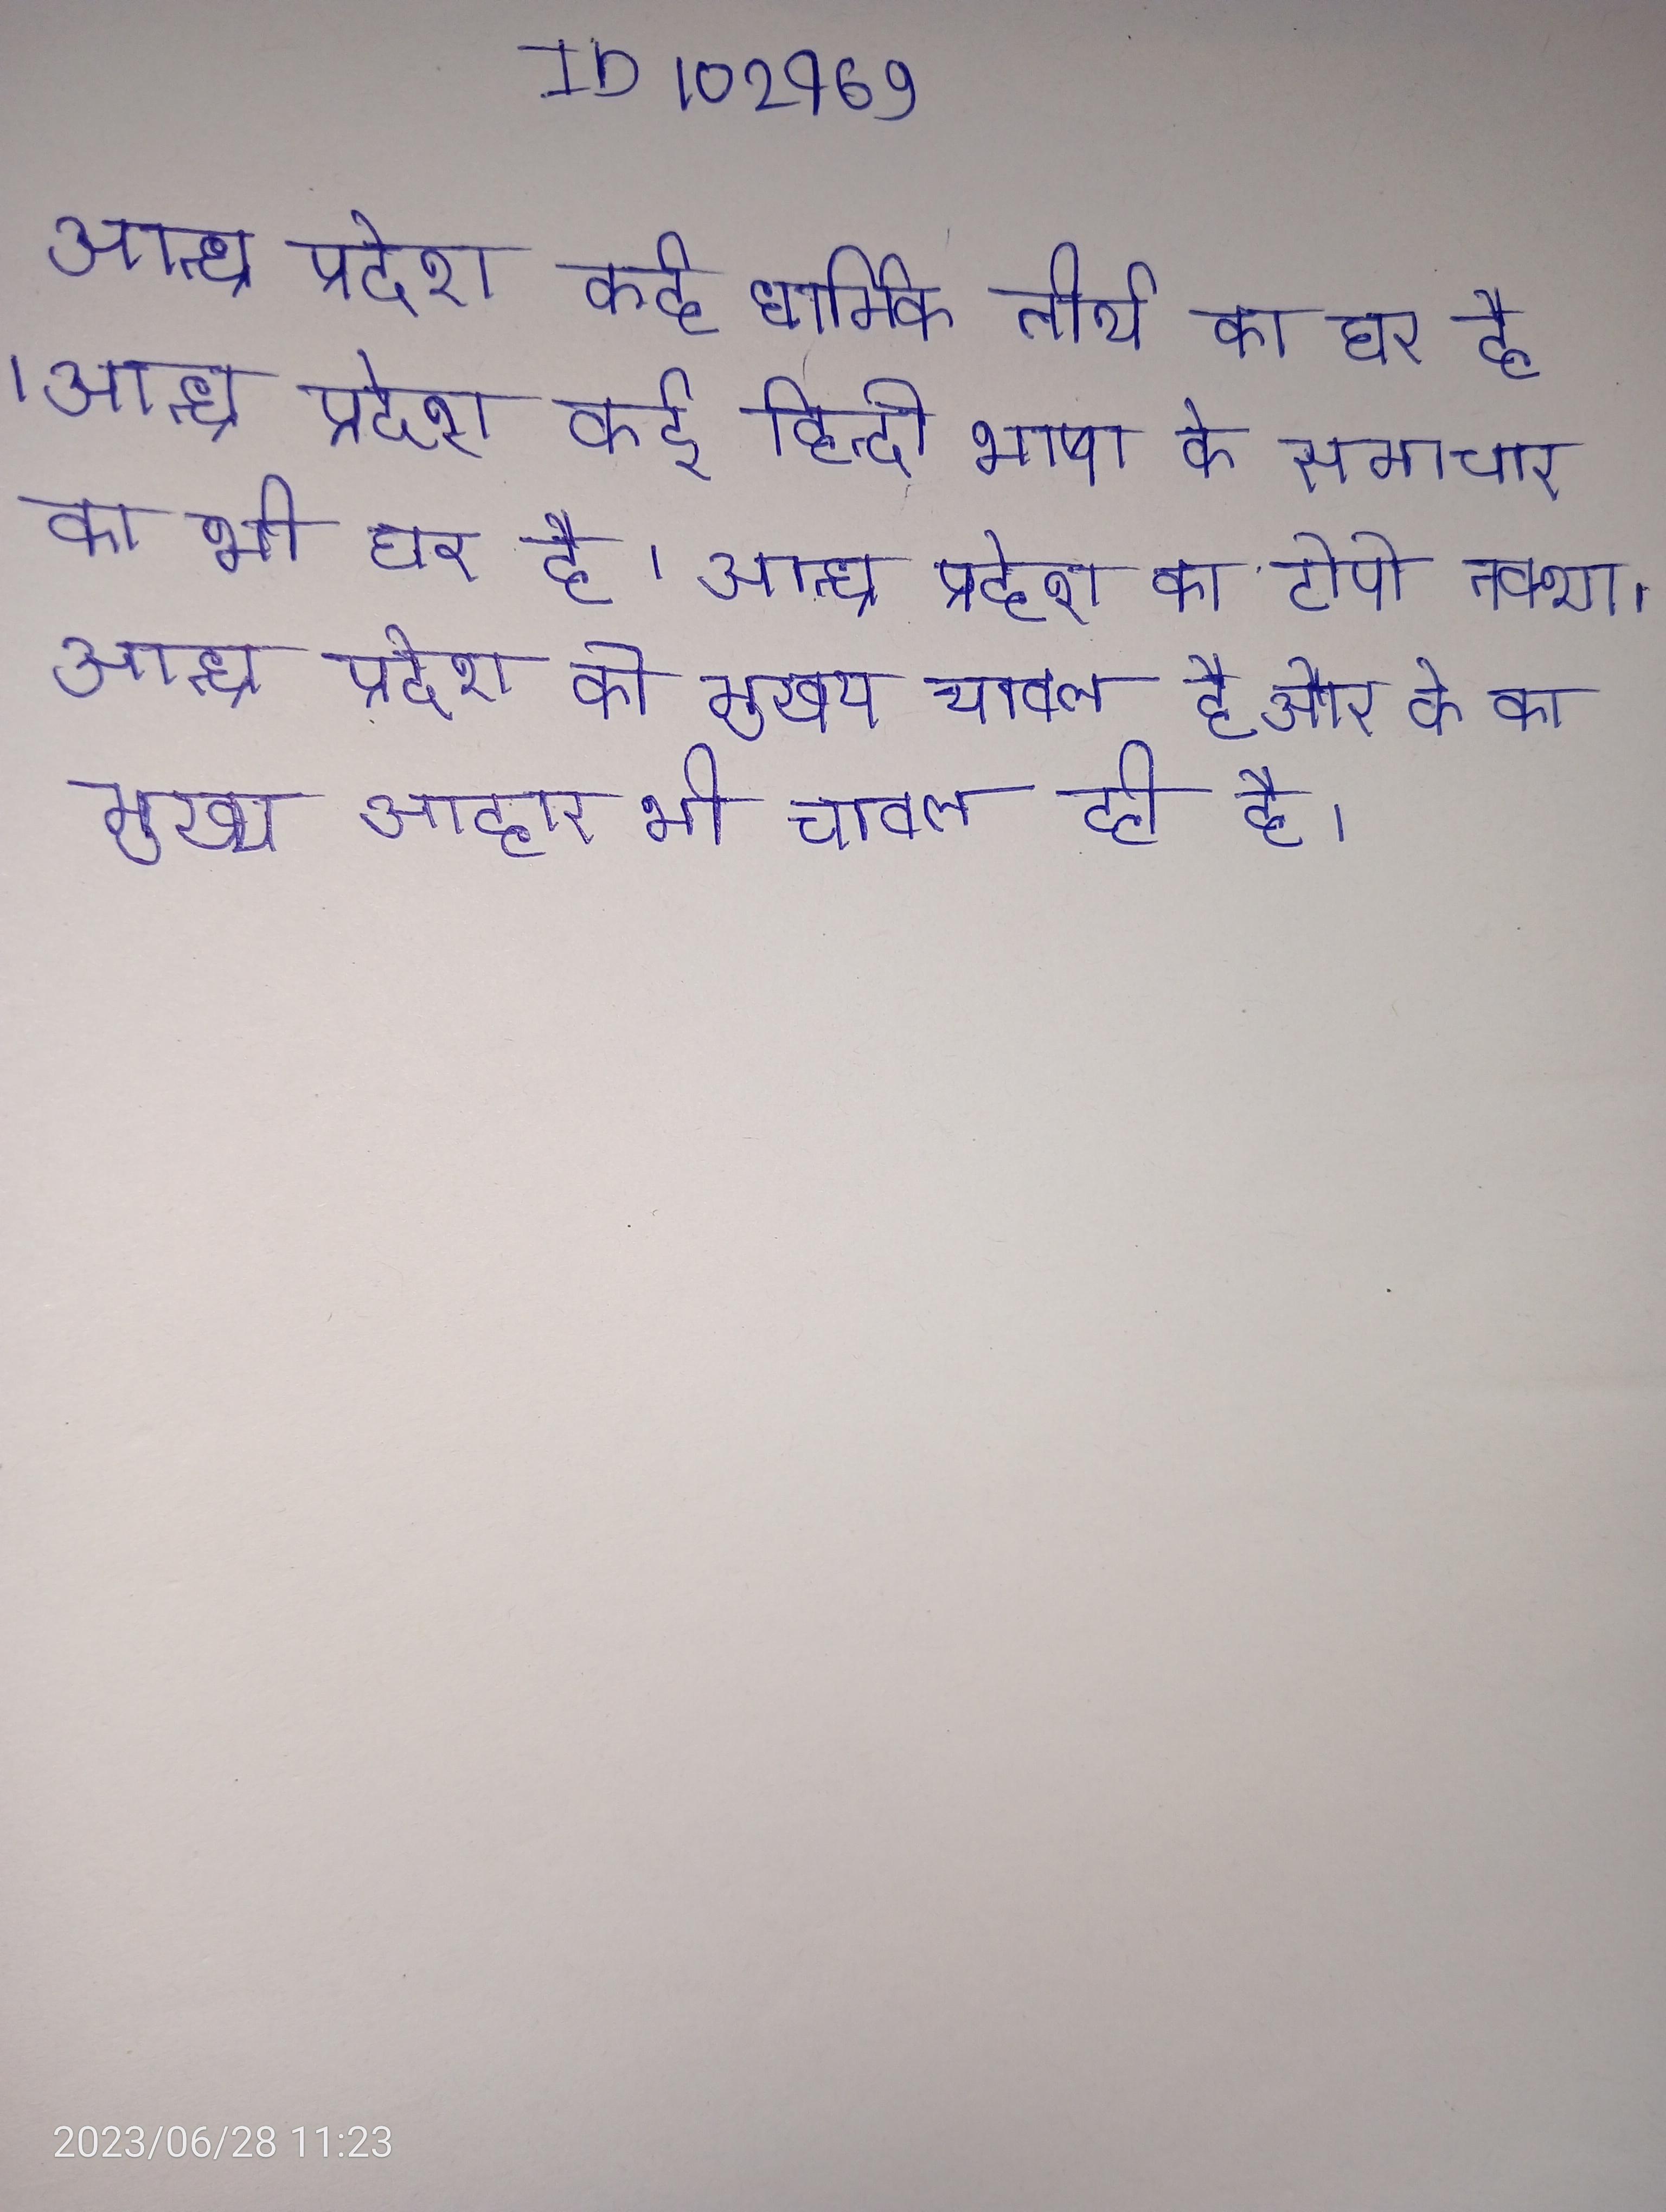
आन्ध्र प्रदेश कई धार्मिक तीर्थ का घर है । आन्ध्र प्रदेश कई हिन्दी भाषा के समाचार का भी घर है । आन्ध्र प्रदेश का टोपो नक्शा । आन्ध्र प्रदेश का नक्शा । आन्ध्र प्रदेश की मुख्य चावल है और के का मुख्य आहार भी चावल ही है ।